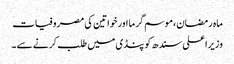
ماہ رمضان،موسم گرما اور خواتین کی مصروفیات
وزیراعلی سندھ کو پنڈی میں طلب کرنے سے ۔